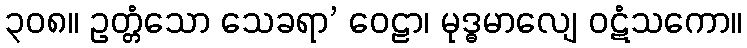
၃၀၈။ ဥတ္တံသော သေခရာ’ ဝေဠာ၊ မုဒ္ဓမာလျေ ဝဋံသကော။